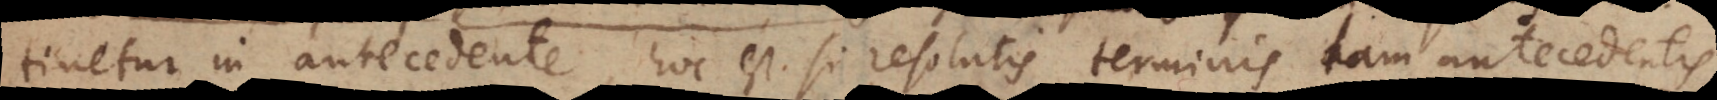
tinetur in antecedente, hoc est si resolutis terminis tam antecedentis